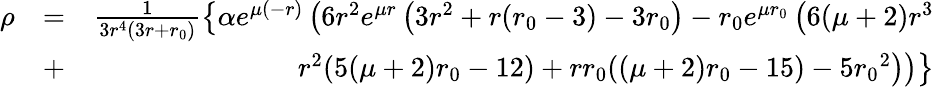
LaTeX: \begin{array}{rlr}{\rho}&{=}&{\frac{1}{3r^{4}(3r+{r_{0}})}\left\lbrace\alpha e^{\mu(-r)}\left(6r^{2}e^{\mu r}\left(3r^{2}+r({r_{0}}-3)-3{r_{0}}\right)-{r_{0}}e^{\mu{r_{0}}}\left(6(\mu+2)r^{3}\right.\right.\right.}\\ &{+}&{\left.\left.\left.r^{2}(5(\mu+2){r_{0}}-12)+r{r_{0}}((\mu+2){r_{0}}-15)-5{r_{0}}^{2}\right)\right)\right\rbrace}\end{array}